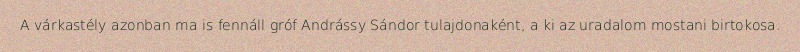
A várkastély azonban ma is fennáll gróf Andrássy Sándor tulajdonaként, a ki az uradalom mostani birtokosa.